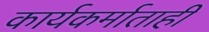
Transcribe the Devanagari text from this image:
कार्यकर्माताही